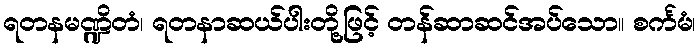
ရတနမဏ္ဍိတံ၊ ရတနာဆယ်ပါးတို့ဖြင့် တန်ဆာဆင်အပ်သော။ စင်္ကမံ၊